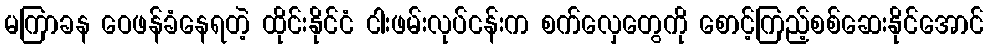
မကြာခန ဝေဖန်ခံနေရတဲ့ ထိုင်းနိုင်ငံ ငါးဖမ်းလုပ်ငန်းက စက်လှေတွေကို စောင့်ကြည့်စစ်ဆေးနိုင်အောင်